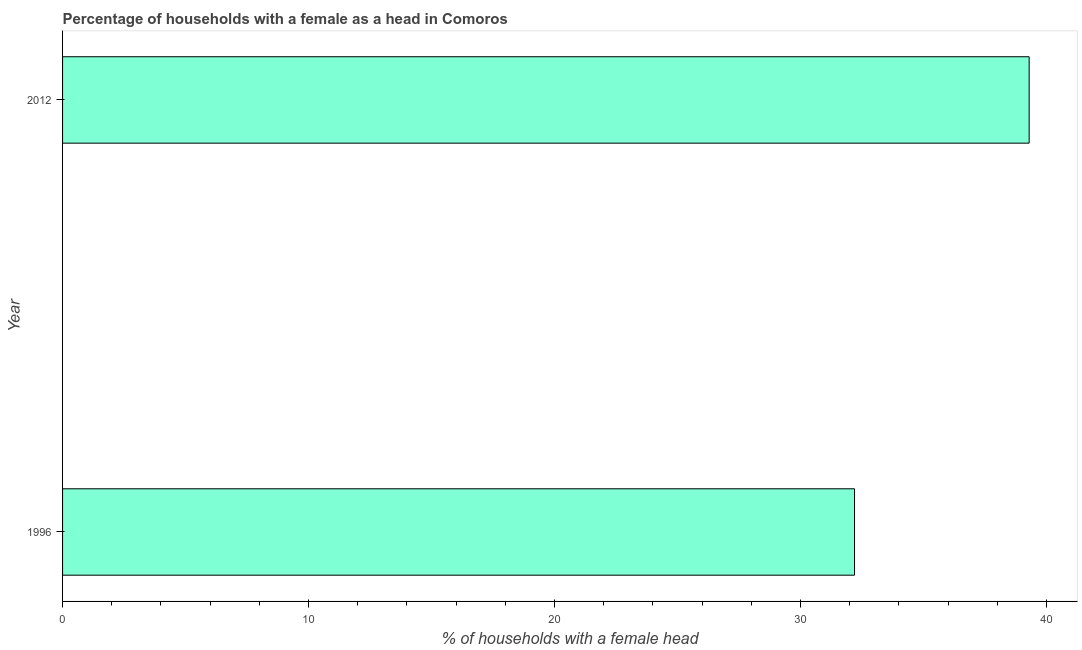
| Year | Female headed households |
 | --- | --- |
 | 1996 | 32.2 |
 | 2012 | 39.3 |